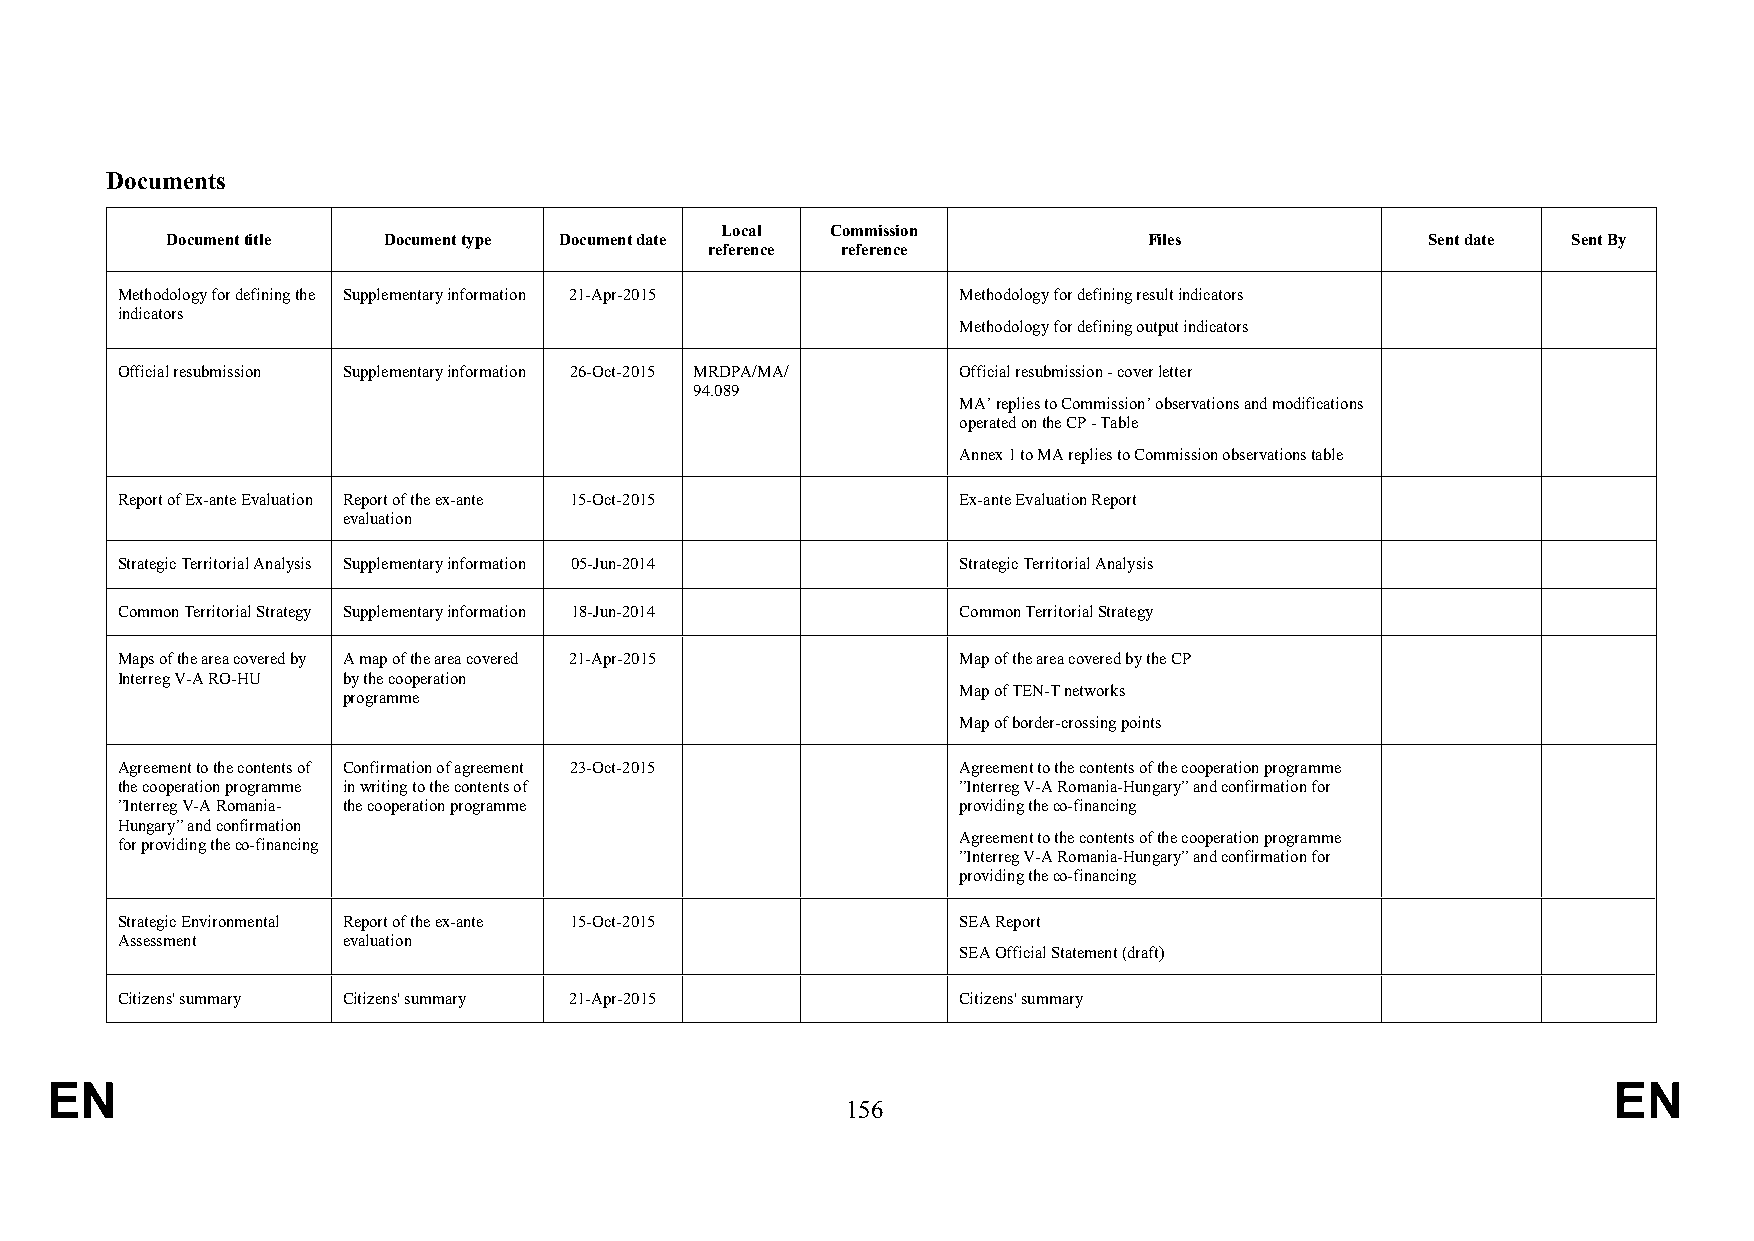
Documents
 Local  Commission
 Document title Document type Document date                       Files              Sent date Sent By
 reference reference
 Methodology for defining the Supplementary information 21-Apr-2015 Methodology for defining result indicators
 indicators
 Methodology for defining output indicators
 Official resubmission Supplementary information 26-Oct-2015 MRDPA/MA/ Official resubmission - cover letter
 94.089
 MA’ replies to Commission’ observations and modifications
 operated on the CP - Table
 Annex 1 to MA replies to Commission observations table
 Report of Ex-ante Evaluation Report of the ex-ante 15-Oct-2015 Ex-ante Evaluation Report
 evaluation
 Strategic Territorial Analysis Supplementary information 05-Jun-2014 Strategic Territorial Analysis
 Common Territorial Strategy Supplementary information 18-Jun-2014 Common Territorial Strategy
 Maps of the area covered by A map of the area covered 21-Apr-2015 Map of the area covered by the CP
 Interreg V-A RO-HU by the cooperation
 Map of TEN-T networks
 programme
 Map of border-crossing points
 Agreement to the contents of Confirmation of agreement 23-Oct-2015 Agreement to the contents of the cooperation programme
 the cooperation programme in writing to the contents of ”Interreg V-A Romania-Hungary” and confirmation for
 ”Interreg V-A Romania- the cooperation programme        providing the co-financing
 Hungary” and confirmation
 Agreement to the contents of the cooperation programme
 for providing the co-financing
 ”Interreg V-A Romania-Hungary” and confirmation for
 providing the co-financing
 Strategic Environmental Report of the ex-ante 15-Oct-2015 SEA Report
 Assessment     evaluation
 SEA Official Statement (draft)
 Citizens' summary Citizens' summary 21-Apr-2015         Citizens' summary
 EN                                                                                                      EN
 156